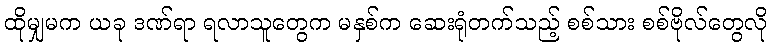
ထိုမျှမက ယခု ဒဏ်ရာ ရလာသူတွေက မနှစ်က ဆေးရုံတက်သည့် စစ်သား စစ်ဗိုလ်တွေလို